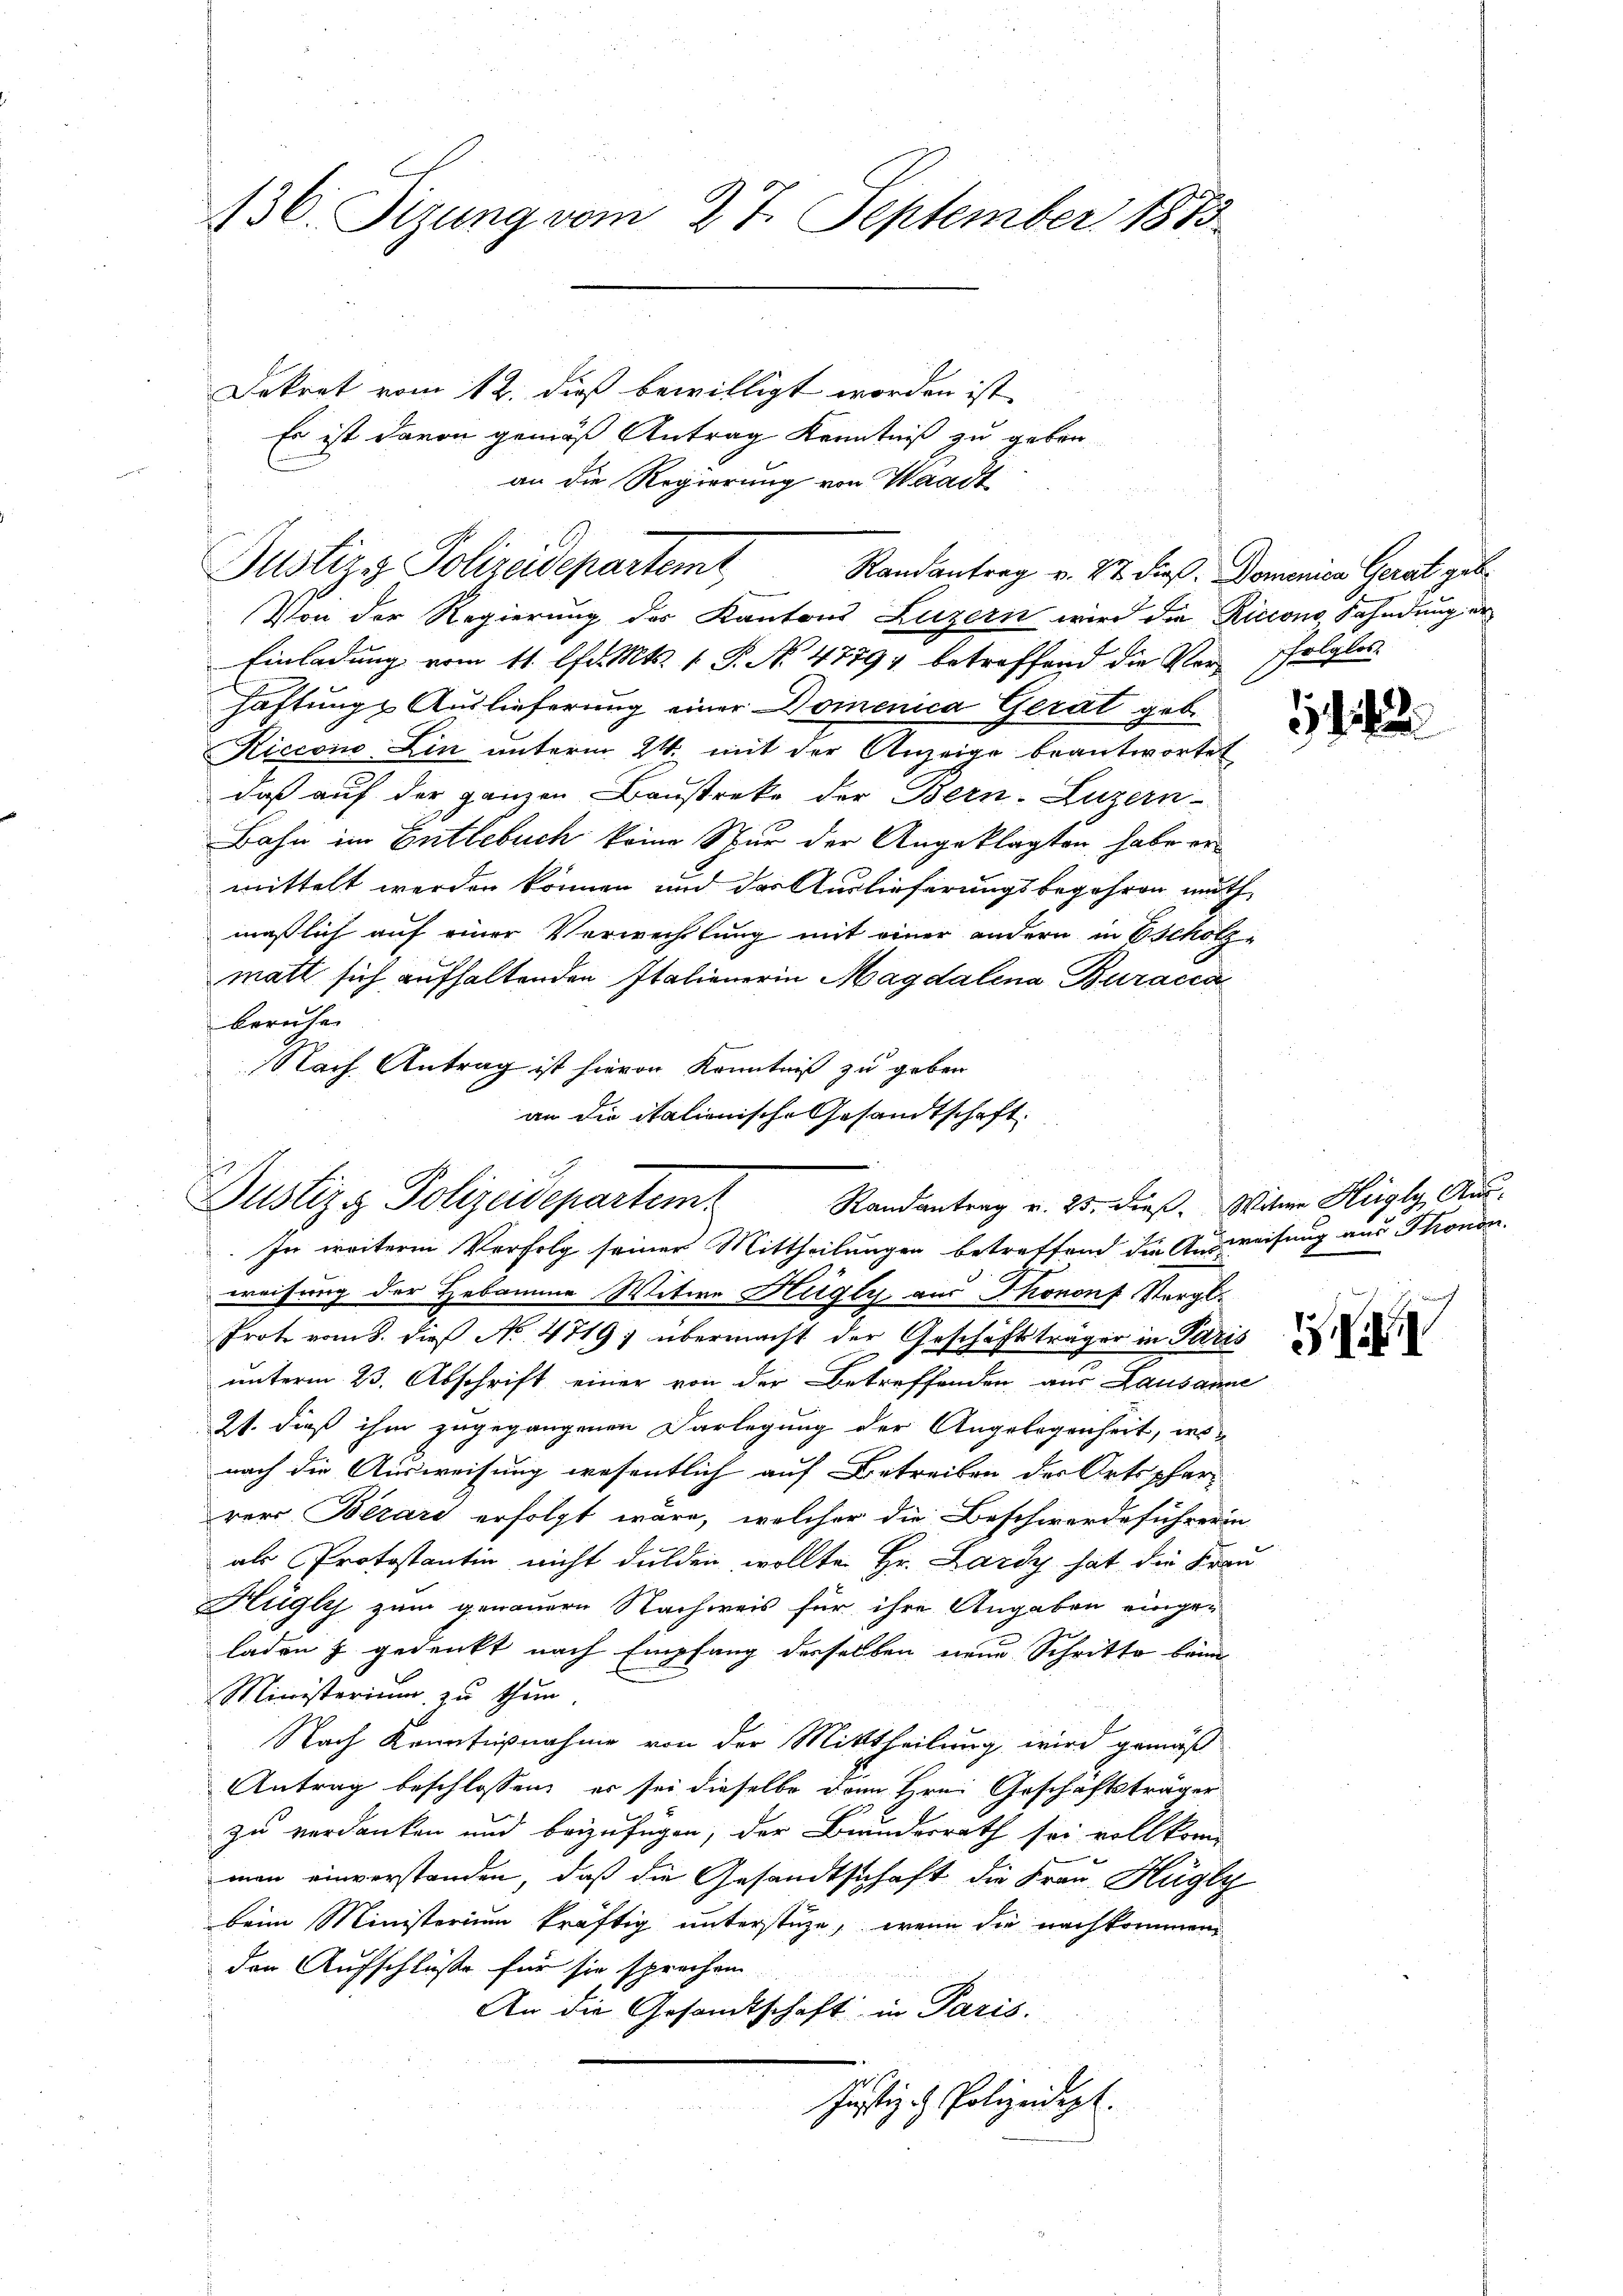
136. Fizung vom 27. September 1873.

Dekret vom 12. dieß bewilligt worden ist,
Es ist davon gemäß Antrag Kenntniß zu geben
an die Regierung von Waadt
Randantrag v. 27 dieß. Dominica Gerat geb.
Von der Regierung des Kantons Luzern wird die Riccono Sahndung der
Einladung vom 11. lfd. Mts. 1 S. No 47794 betreffend die Verfolglos
haftung Auslieferung einer Domenica Gerat geb.
Riccono Lin unterm 24. mit der Anzeige beantwortet
daß auf der ganzen Baustreke der Bern-Luzern
Bahn im Entlebuch keine Spur der Angeklagten habe er
mittelt werden können und das Auslieferungsbegehren muth
maßlich auf einer Verwechslung mit einer andern in Escholzmatt sich aufhaltenden Italienerin Magdalena Buracca
beruhe
Nach Antrag ist hievon Kenntniß zu geben
an die italionische Gesandtschaft.

Justiz- Polizeidepartemt

weisung der Hebamme Witwe Hügly aus Thononf Vergl.
Prote vom 8. dieβ No. 4719; übermacht der Geschäftsträger in Paris
unterm 23. Abschrift einer von der Betreffenden aus Lausanne
Zt. dieß ihm zugegangenen Darlegung der Angelegenheit, irs-
nach die Ausweisung wesentlich auf Betreiben der Ortspfarr
rer Berars erfolgt wäre, welcher die Beschwerdeführerin
als Protostantin nicht dulden wollte Hr. Lardy hat die Frau
Hügly zum genauern Nachweis für ihre Angaben einge-
laden & gedenkt nach Empfang derselben neue Schritte kann
Ministerium zu thun
Nach Kenntnißnahme von der Mittheilung wird gemäß
Antrag beschlossen, er sei dieselbe dann Hrn. Geschäftsträger
zu verdanken und beizufügen, der Bundesrath sei vollkom
man einverstanden, daß die Gesandtschaft die Frau Hugly
beim Ministerium kräftig unterstüze, wenn die nachkommen
den Aufschlüße für sie sprechen
An die Gesandtschaft in Paris.
Justiz- & Polizeidept.

Justiz - Polizeidepartem
Randantrag v. 25. dieß. Witwe Hegly Aus-
In weiteren Verfolg seiner Mittheilungen betreffend die Ausweisung aus Thonon.

1442